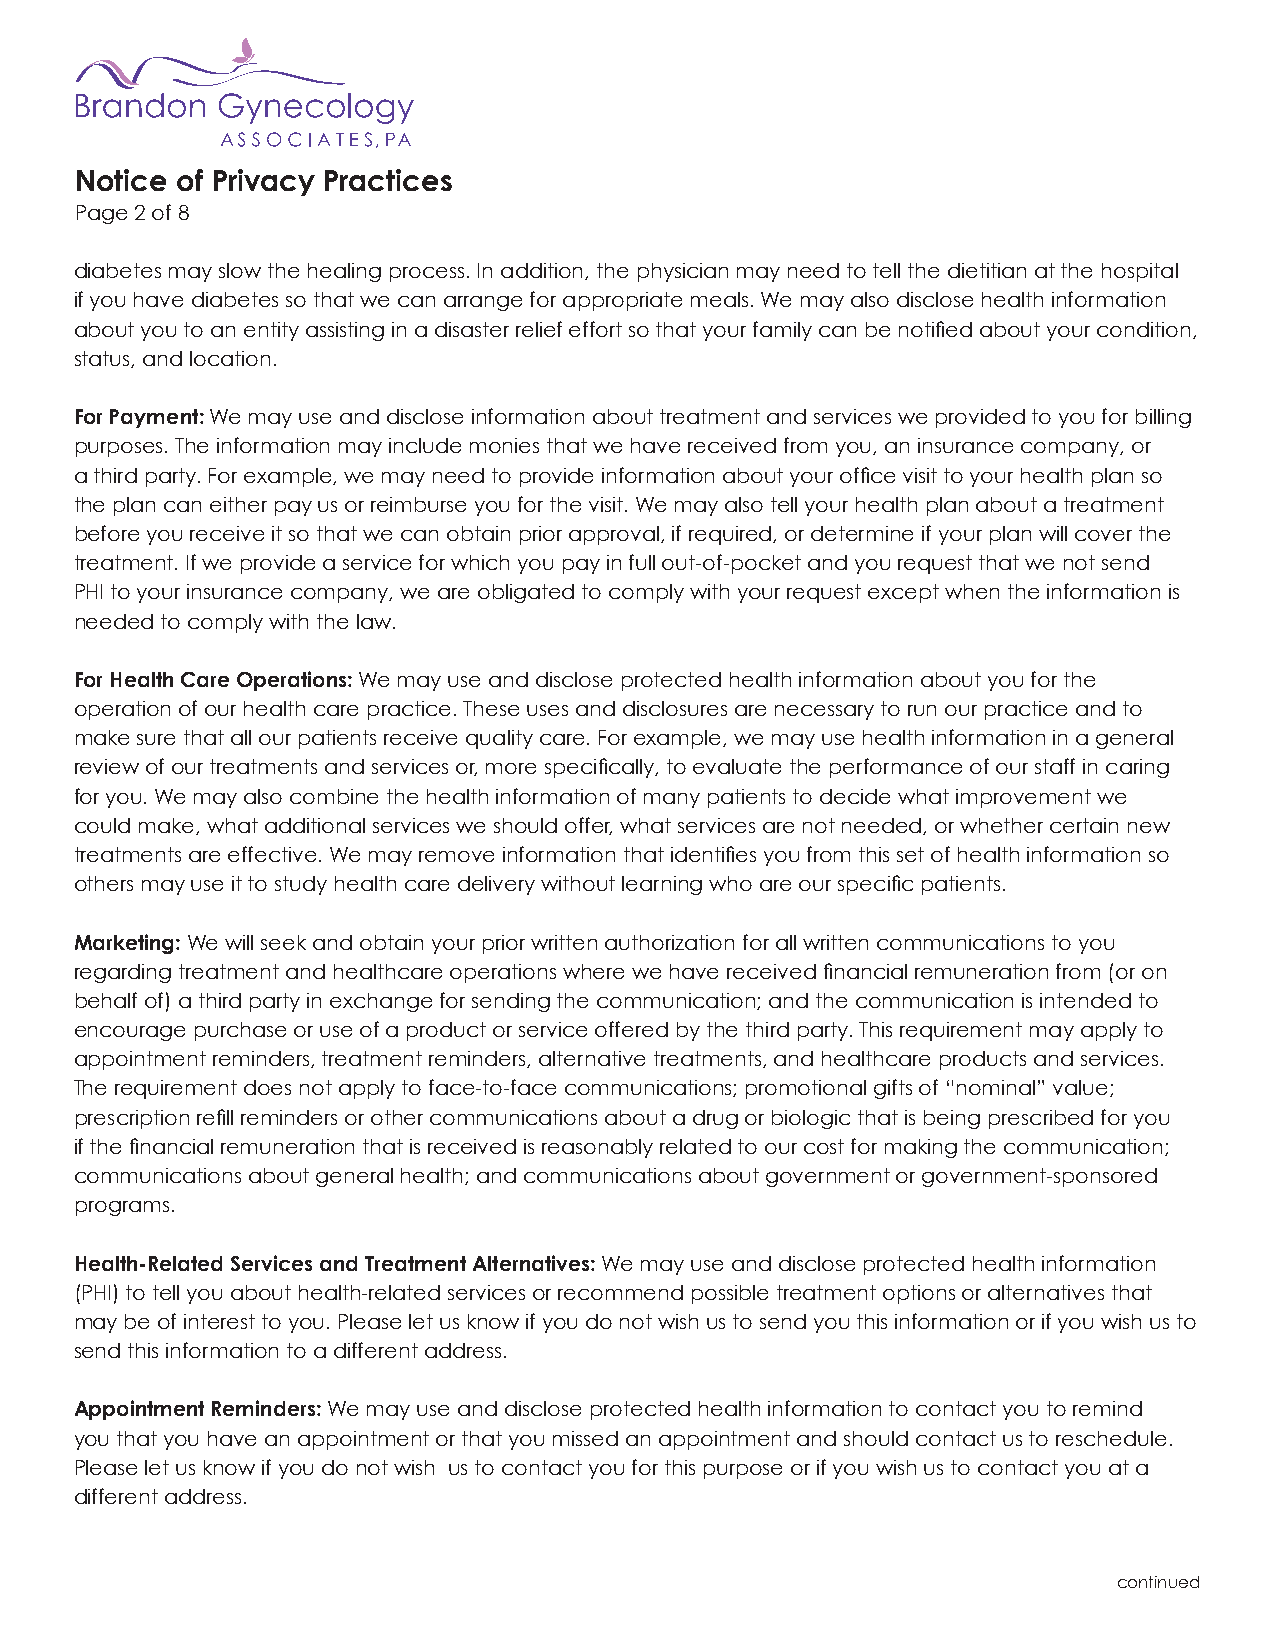
Notice of Privacy Practices
 Page 2 of 8
 diabetes may slow the healing process. In addition, the physician may need to tell the dietitian at the hospital
 if you have diabetes so that we can arrange for appropriate meals. We may also disclose health information
 about you to an entity assisting in a disaster relief effort so that your family can be notified about your condition,
 status, and location.
 For Payment: We may use and disclose information about treatment and services we provided to you for billing
 purposes. The information may include monies that we have received from you, an insurance company, or
 a third party. For example, we may need to provide information about your office visit to your health plan so
 the plan can either pay us or reimburse you for the visit. We may also tell your health plan about a treatment
 before you receive it so that we can obtain prior approval, if required, or determine if your plan will cover the
 treatment. If we provide a service for which you pay in full out-of-pocket and you request that we not send
 PHI to your insurance company, we are obligated to comply with your request except when the information is
 needed to comply with the law.
 For Health Care Operations: We may use and disclose protected health information about you for the
 operation of our health care practice. These uses and disclosures are necessary to run our practice and to
 make sure that all our patients receive quality care. For example, we may use health information in a general
 review of our treatments and services or, more specifically, to evaluate the performance of our staff in caring
 for you. We may also combine the health information of many patients to decide what improvement we
 could make, what additional services we should offer, what services are not needed, or whether certain new
 treatments are effective. We may remove information that identifies you from this set of health information so
 others may use it to study health care delivery without learning who are our specific patients.
 Marketing: We will seek and obtain your prior written authorization for all written communications to you
 regarding treatment and healthcare operations where we have received financial remuneration from (or on
 behalf of) a third party in exchange for sending the communication; and the communication is intended to
 encourage purchase or use of a product or service offered by the third party. This requirement may apply to
 appointment reminders, treatment reminders, alternative treatments, and healthcare products and services.
 The requirement does not apply to face-to-face communications; promotional gifts of “nominal” value;
 prescription refill reminders or other communications about a drug or biologic that is being prescribed for you
 if the financial remuneration that is received is reasonably related to our cost for making the communication;
 communications about general health; and communications about government or government-sponsored
 programs.
 Health-Related Services and Treatment Alternatives: We may use and disclose protected health information
 (PHI) to tell you about health-related services or recommend possible treatment options or alternatives that
 may be of interest to you. Please let us know if you do not wish us to send you this information or if you wish us to
 send this information to a different address.
 Appointment Reminders: We may use and disclose protected health information to contact you to remind
 you that you have an appointment or that you missed an appointment and should contact us to reschedule.
 Please let us know if you do not wish us to contact you for this purpose or if you wish us to contact you at a
 different address.
 continued